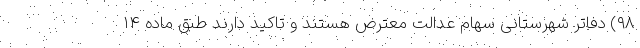
۹۸) دفاتر شهرستانی سهام عدالت معترض هستند و تاکید دارند طبق ماده ۱۴